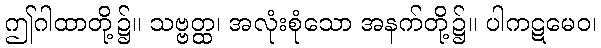
ဤဂါထာတို့၌။ သဗ္ဗတ္ထ၊ အလုံးစုံသော အနက်တို့၌။ ပါကဋမေဝ၊